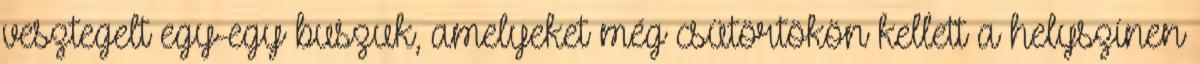
vesztegelt egy-egy buszuk, amelyeket még csütörtökön kellett a helyszínen